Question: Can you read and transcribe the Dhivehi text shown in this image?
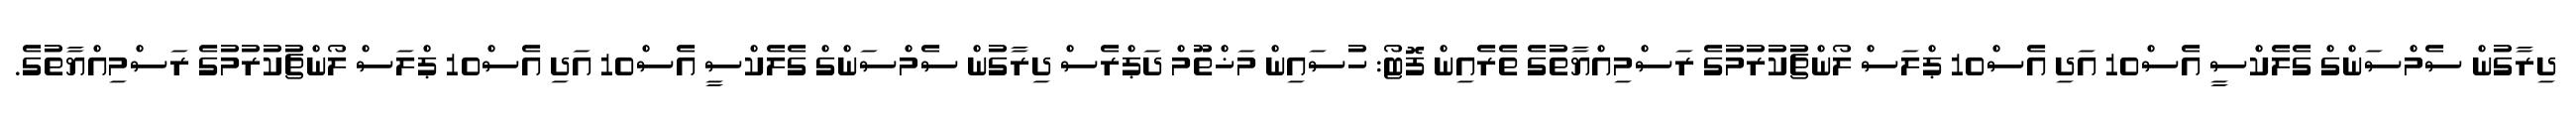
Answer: ދިރާގުން ސެމްސަންގް ގެލެކްސީ އެސް10 އަދި އެސް10 ޕްލަސް ލޯންޗުކުރުމުގެ ރަސްމިއްޔާތުގެ ތެރެއިން ފޮޓޯ: ހުސައިން މަޚްތޫމް ދަޕްރެސް ދިރާގުން ސެމްސަންގް ގެލެކްސީ އެސް10 އަދި އެސް10 ޕްލަސް ލޯންޗުކުރުމުގެ ރަސްމިއްޔާތުގެ.